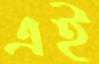
এই